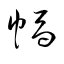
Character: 幅